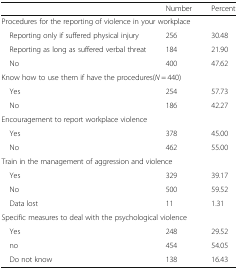
|  | Number | Percent |
 | --- | --- | --- |
 | <COLSPAN=3> Procedures for the reporting of violence in your workplace |
 | Reporting only if suffered physical injury | 256 | 30.48 |
 | Reporting as long as suffered verbal threat | 184 | 21.90 |
 | No | 400 | 47.62 |
 | <COLSPAN=3> Know how to use them if have the procedures(N = 440) |
 | Yes | 254 | 57.73 |
 | No | 186 | 42.27 |
 | <COLSPAN=3> Encouragement to report workplace violence |
 | Yes | 378 | 45.00 |
 | No | 462 | 55.00 |
 | <COLSPAN=3> Train in the management of aggression and violence |
 | Yes | 329 | 39.17 |
 | No | 500 | 59.52 |
 | Data lost | 11 | 1.31 |
 | <COLSPAN=3> Specific measures to deal with the psychological violence |
 | Yes | 248 | 29.52 |
 | no | 454 | 54.05 |
 | Do not know | 138 | 16.43 |